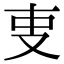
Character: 叓